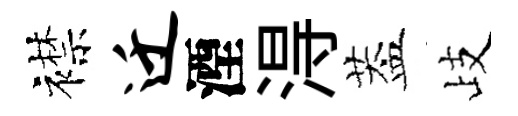
襟迁湮淂葢歧